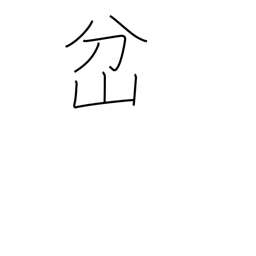
Meaning: fork in a road